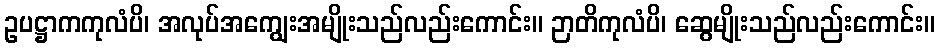
ဥပဋ္ဌာကကုလံပိ၊ အလုပ်အကျွေးအမျိုးသည်လည်းကောင်း။ ဉာတိကုလံပိ၊ ဆွေမျိုးသည်လည်းကောင်း။